Indian journal of veterinary science and animal husbandry - Volumes 24-25, 1954-1955
Year: 1954
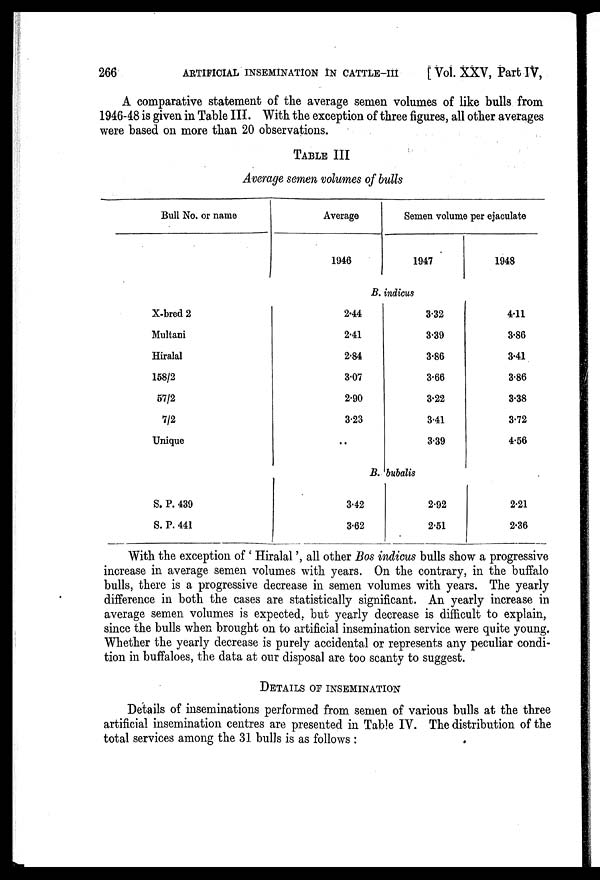
266
ARTIFICIAL INSEMINATION IN CATTLE-III
[Vol. XXV, Part IV,
A comparative statement of the average semen volumes of like bulls from
1946-48 is given in Table III. With the exception of three figures, all other averages
were based on more than 20 observations.
TABLE III
Average semen volumes of bulls
Bull No. or name
X-bred 2
Multani
Hiralal
158/2
57/2
7/2
Unique
S. P. 439
S. P. 441
Average
1946
Semen volume per ejaculate
1947
1948
B. indicus
2.44
2.41
2.84
3.07
2.90
3.23
..
3.32
3.39
3.86
3.66
3.22
3.41
3.39
4.11
3.86
3.41
3.86
3.38
3.72
4.56
B. bubalis
3.42
3.62
2.92
2.51
2.21
2.36
With the exception of ' Hiralal ', all other Bos indicus bulls show a progressive
increase in average semen volumes with years. On the contrary, in the buffalo
bulls, there is a progressive decrease in semen volumes with years. The yearly
difference in both the cases are statistically significant. An yearly increase in
average semen volumes is expected, but yearly decrease is difficult to explain,
since the bulls when brought on to artificial insemination service were quite young.
Whether the yearly decrease is purely accidental or represents any peculiar condi-
tion in buffaloes, the data at our disposal are too scanty to suggest.
DETAILS OF INSEMINATION
Details of inseminations performed from semen of various bulls at the three
artificial insemination centres are presented in Table IV. The distribution of the
total services among the 31 bulls is as follows: